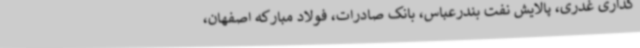
گذاری غدری، پالایش نفت بندرعباس، بانک صادرات، فولاد مبارکه اصفهان،